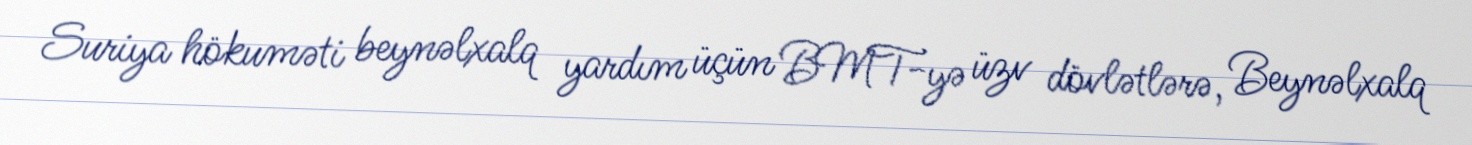
Suriya hökuməti beynəlxalq yardım üçün BMT-yə üzv dövlətlərə, Beynəlxalq